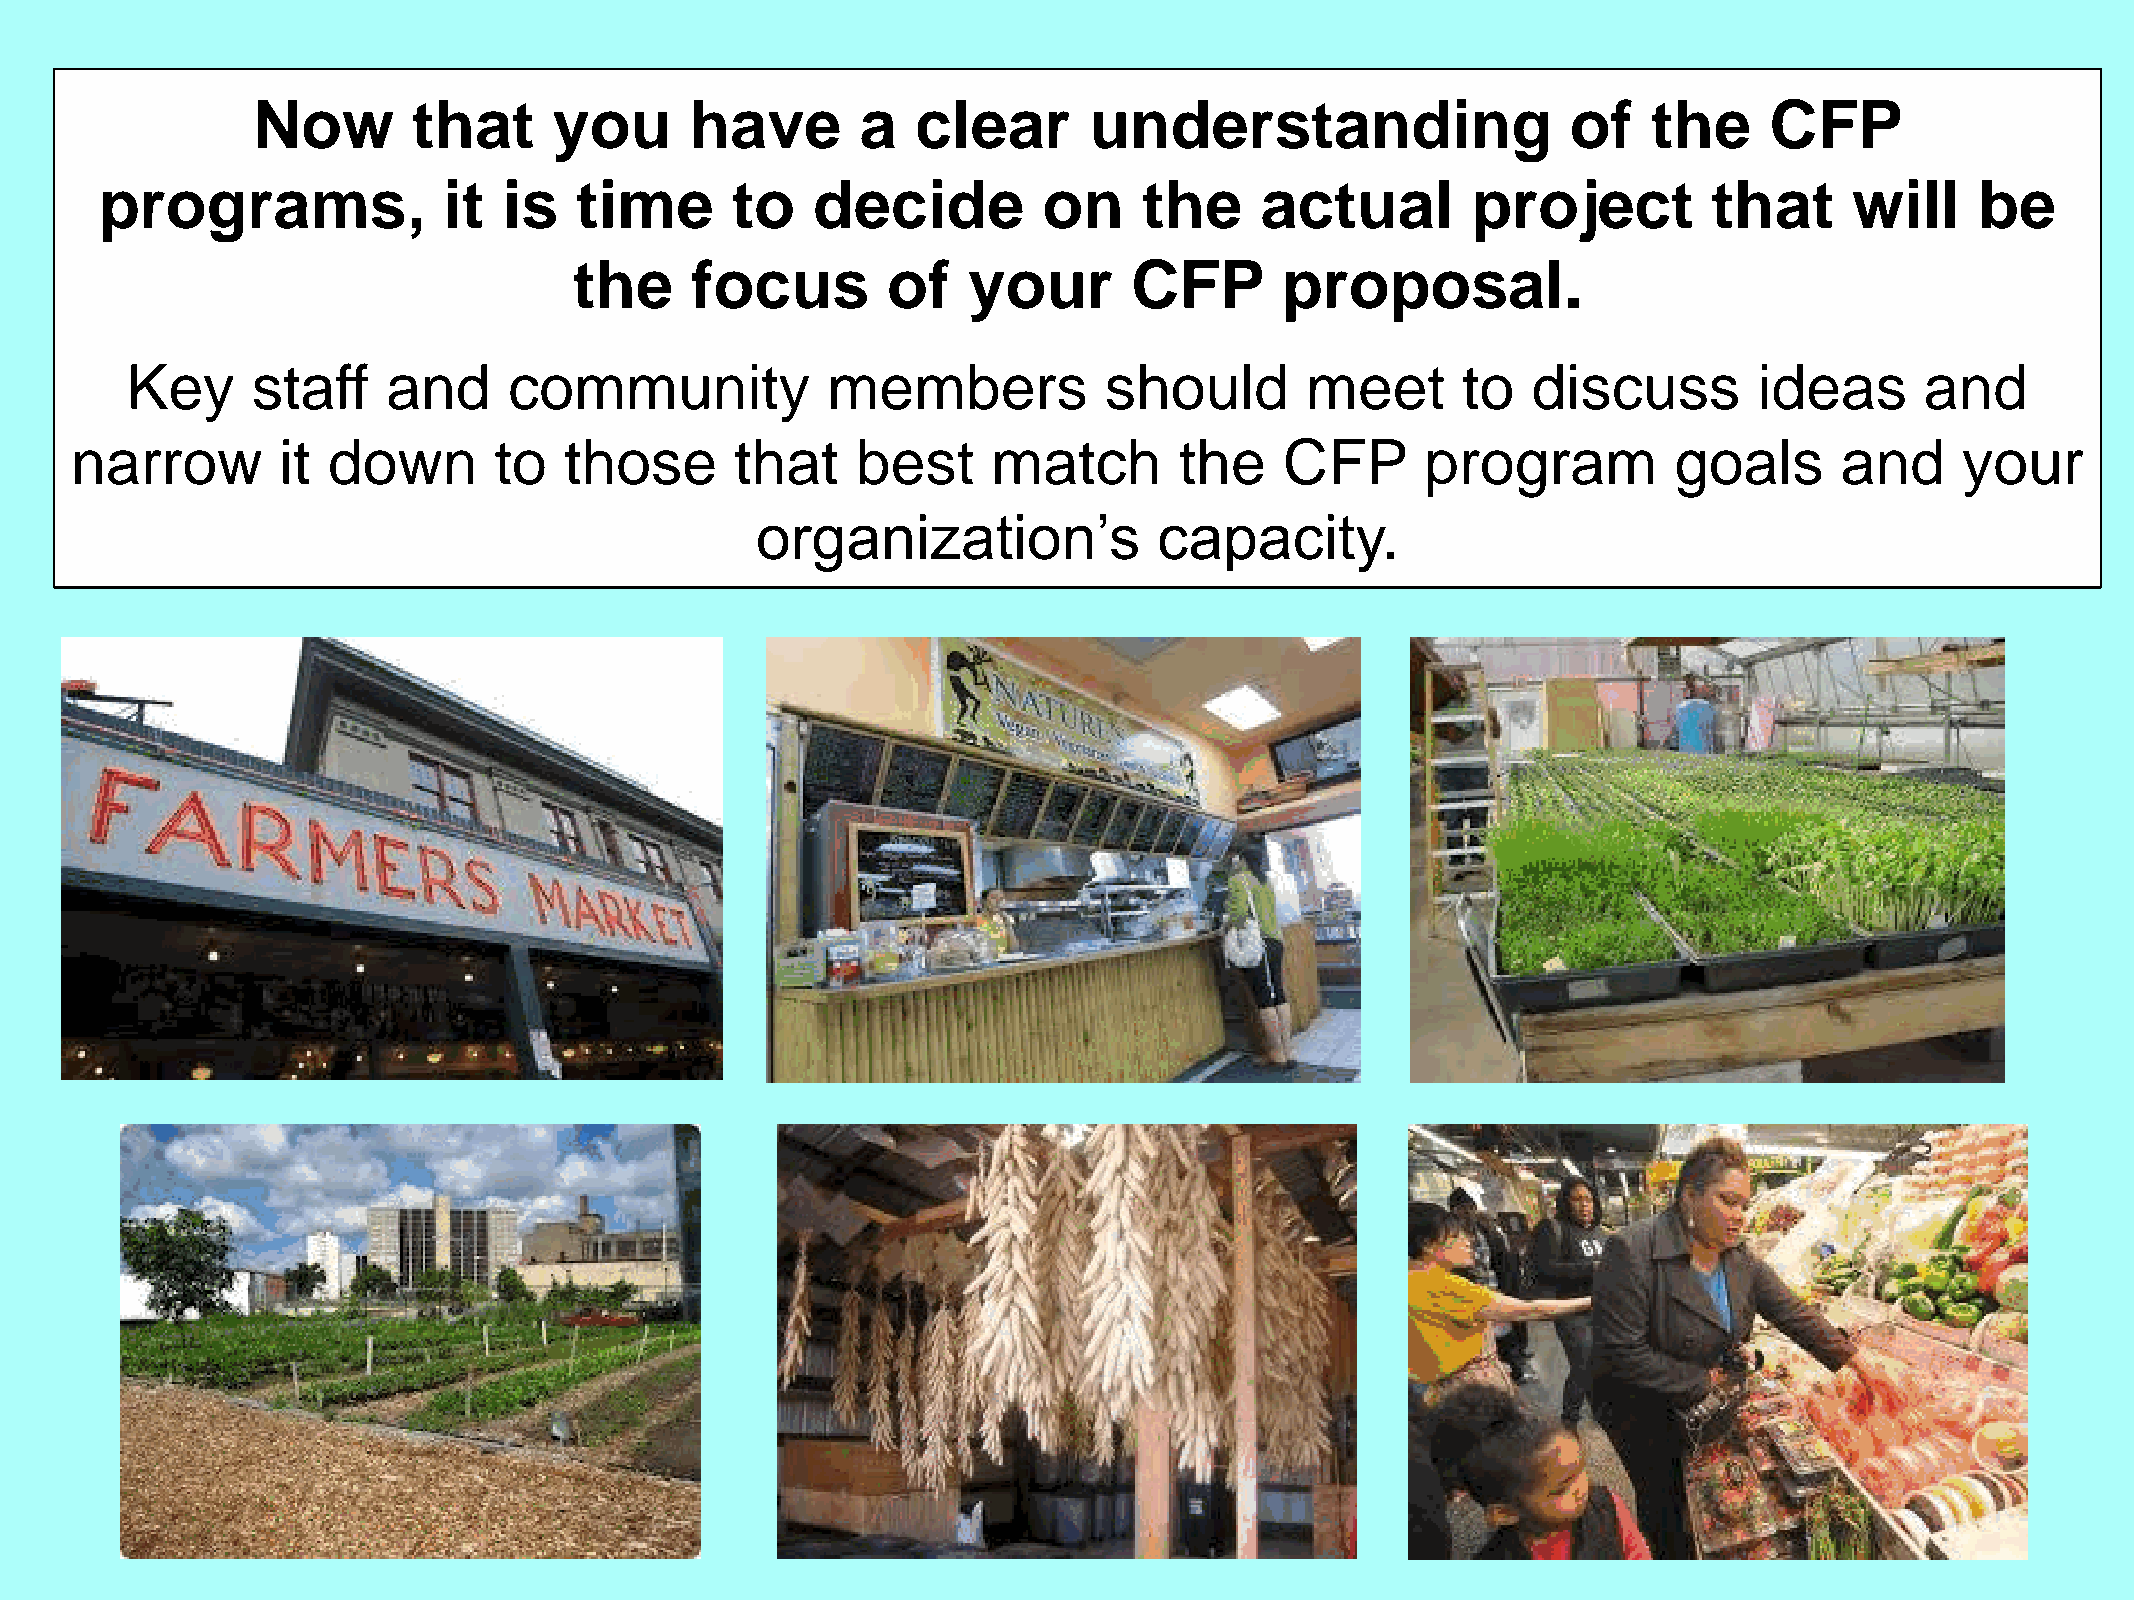
Now       that      you      have       a   clear      understanding                   of   the     CFP
 programs,             it  is   time      to    decide         on     the    actual        project         that      will    be
 the     focus        of   your       CFP       proposal.
 Key      staff    and     community            members           should       meet       to  discuss        ideas      and
 narrow       it  down       to  those       that    best     match       the    CFP      program          goals      and     your
 organization’s             capacity.